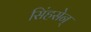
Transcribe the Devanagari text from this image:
सिंहसेन्